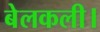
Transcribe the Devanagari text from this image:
बेलकली।